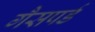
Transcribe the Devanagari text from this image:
गैसपर्ड